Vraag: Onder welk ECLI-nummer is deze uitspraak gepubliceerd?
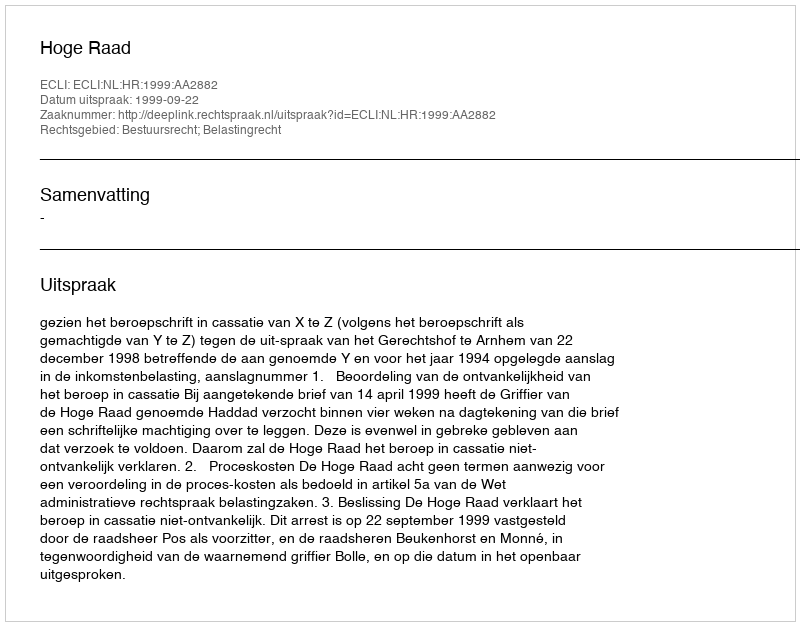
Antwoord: ECLI:NL:HR:1999:AA2882